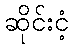
ဆိုင်းငံ့